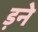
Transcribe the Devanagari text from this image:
ड़ने